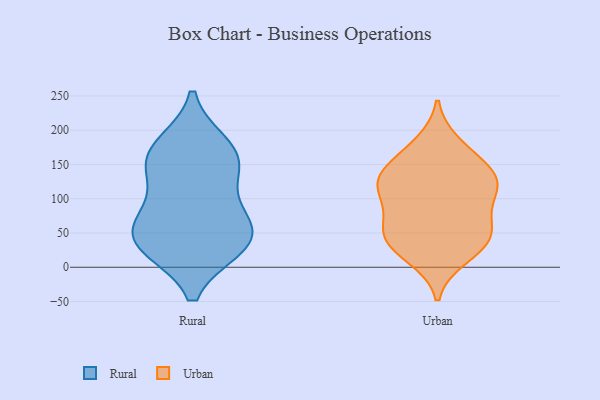
{"axis": {"x": "Budget (USD K)", "y": "Value"}, "legend": ["Rural", "Urban"], "data": [{"x": "", "y": 146, "type": "Rural"}, {"x": "", "y": 166, "type": "Rural"}, {"x": "", "y": 34, "type": "Rural"}, {"x": "", "y": 150, "type": "Rural"}, {"x": "", "y": 31, "type": "Rural"}, {"x": "", "y": 38, "type": "Rural"}, {"x": "", "y": 72, "type": "Rural"}, {"x": "", "y": 43, "type": "Rural"}, {"x": "", "y": 177, "type": "Rural"}, {"x": "", "y": 86, "type": "Rural"}, {"x": "", "y": 125, "type": "Urban"}, {"x": "", "y": 14, "type": "Urban"}, {"x": "", "y": 140, "type": "Urban"}, {"x": "", "y": 22, "type": "Urban"}, {"x": "", "y": 99, "type": "Urban"}, {"x": "", "y": 61, "type": "Urban"}, {"x": "", "y": 169, "type": "Urban"}, {"x": "", "y": 52, "type": "Urban"}, {"x": "", "y": 90, "type": "Urban"}, {"x": "", "y": 114, "type": "Urban"}, {"x": "", "y": 125, "type": "Urban"}, {"x": "", "y": 53, "type": "Urban"}, {"x": "", "y": 181, "type": "Urban"}, {"x": "", "y": 125, "type": "Urban"}, {"x": "", "y": 142, "type": "Urban"}, {"x": "", "y": 45, "type": "Urban"}, {"x": "", "y": 37, "type": "Urban"}]}